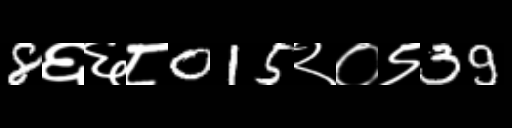
Text: 8६६८015२०९39